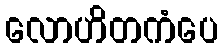
လောဟိတကံပေ